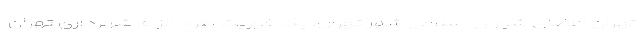
تهران اعضای شورای اسلامی شهر تهران، یک فوریت طرح الزام شهرداری تهران